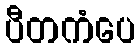
ပီတကံပေ